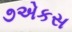
૭એકસ